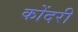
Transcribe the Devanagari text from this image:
कोंदरी